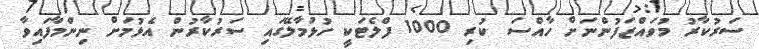
ސަރުކާރު މުވައްޒަފުންނަށް ހާއްސަ ކުރި 1000 ފްލެޓަކީ ހުޅުމާލޭގައި ސަރުކާރުން އެޅުމަށް ނިންމާފައިވާ